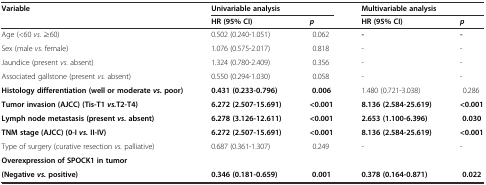
| <ROWSPAN=2> Variable | <COLSPAN=2> Univariable analysis | <COLSPAN=2> Multivariable analysis |
 | HR (95% CI) | p | HR (95% CI) | p |
 | --- | --- | --- | --- | --- |
 | Age (<60 vs. ≥60) | 0.502 (0.240-1.051) | 0.062 | - | - |
 | Sex (male vs. female) | 1.076 (0.575-2.017) | 0.818 | - | - |
 | Jaundice (present vs. absent) | 1.324 (0.780-2.409) | 0.356 | - | - |
 | Associated gallstone (present vs. absent) | 0.550 (0.294-1.030) | 0.058 | - | - |
 | Histology differentiation (well or moderatevs. poor) | 0.431 (0.233-0.796) | 0.006 | 1.480 (0.721-3.038) | 0.286 |
 | Tumor invasion (AJCC) (Tis-T1vs.T2-T4) | 6.272 (2.507-15.691) | <0.001 | 8.136 (2.584-25.619) | <0.001 |
 | Lymph node metastasis (presentvs.absent) | 6.278 (3.126-12.611) | <0.001 | 2.653 (1.100-6.396) | 0.030 |
 | TNM stage (AJCC) (0-Ivs.II-IV) | 6.272 (2.507-15.691) | <0.001 | 8.136 (2.584-25.619) | <0.001 |
 | Type of surgery (curative resection vs. palliative) | 0.687 (0.361-1.307) | 0.249 | - | - |
 | Overexpression of SPOCK1 in tumor |  |  |  |  |
 | (Negativevs.positive) | 0.346 (0.181-0.659) | 0.001 | 0.378 (0.164-0.871) | 0.022 |